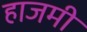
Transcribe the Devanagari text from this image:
हाजमी